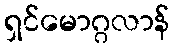
ရှင်မောဂ္ဂလာန်